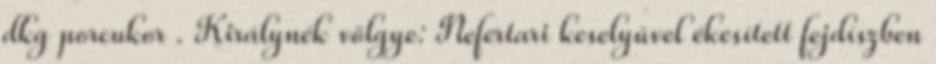
dkg porcukor . Királynék völgye: Nefertari keselyűvel ékesített fejdíszben